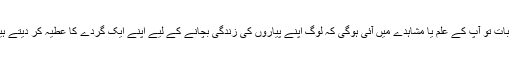
یہ بات تو آپ کے علم یا مشاہدے میں آئی ہوگی کہ لوگ اپنے پیاروں کی زندگی بچانے کے لیے اپنے ایک گردے کا عطیہ کر دیتے ہیں۔